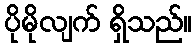
ပိုမိုလျက် ရှိသည်။